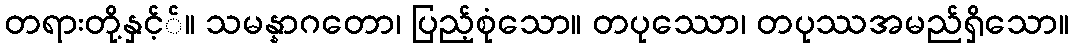
တရားတို့နှင့််။ သမန္နာဂတော၊ ပြည့်စုံသော။ တပုဿော၊ တပုဿအမည်ရှိသော။